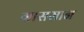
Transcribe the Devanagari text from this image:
ग्रासमान